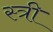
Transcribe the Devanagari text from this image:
स्त्री